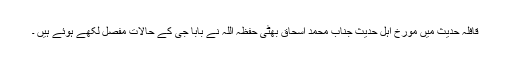
قافلہ حدیث میں مورخ اہل حدیث جناب محمد اسحاق بھٹی حفظہ اللہ نے بابا جی کے حالات مفصل لکھے ہوئے ہیں ۔